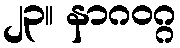
၂၃။ နာဂဝဂ္ဂ